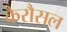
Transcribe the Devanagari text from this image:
कैरौसल